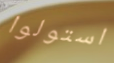
استولوا